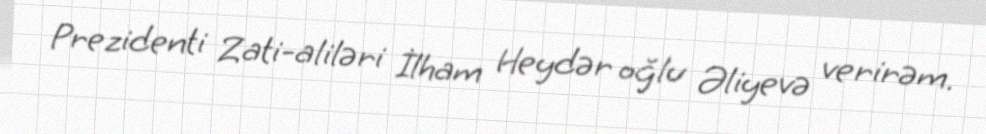
Prezidenti Zati-aliləri İlham Heydər oğlu Əliyevə verirəm.